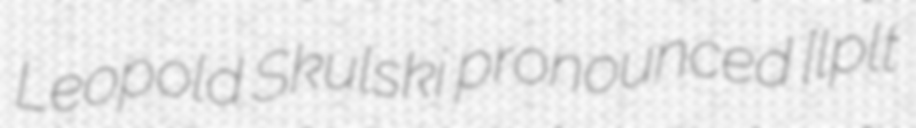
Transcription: Leopold Skulski pronounced [lɛˈɔpɔlt